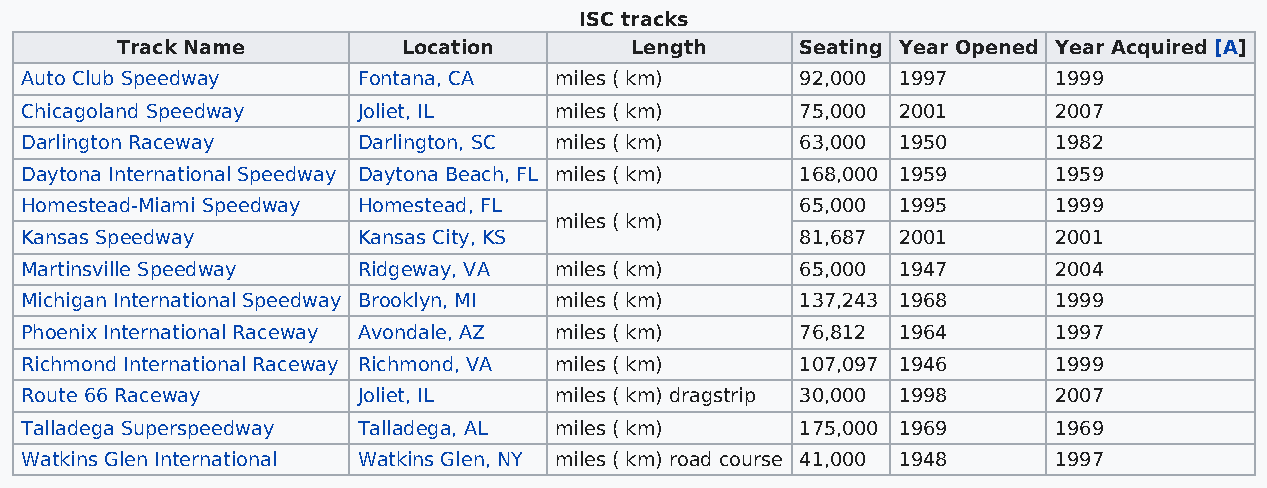
ISC tracks
 Track Name         Location       Length     Seating Year Opened Year Acquired [A]
 Auto Club Speedway     Fontana, CA  miles ( km)     92,000 1997      1999
 Chicagoland Speedway   Joliet, IL   miles ( km)     75,000 2001      2007
 Darlington Raceway     Darlington, SC miles ( km)   63,000 1950      1982
 Daytona International Speedway Daytona Beach, FL miles ( km) 168,000 1959 1959
 Homestead-Miami Speedway Homestead, FL              65,000 1995      1999
 miles ( km)
 Kansas Speedway        Kansas City, KS              81,687 2001      2001
 Martinsville Speedway  Ridgeway, VA miles ( km)     65,000 1947      2004
 Michigan International Speedway Brooklyn, MI miles ( km) 137,243 1968 1999
 Phoenix International Raceway Avondale, AZ miles ( km) 76,812 1964   1997
 Richmond International Raceway Richmond, VA miles ( km) 107,097 1946 1999
 Route 66 Raceway       Joliet, IL   miles ( km) dragstrip 30,000 1998 2007
 Talladega Superspeedway Talladega, AL miles ( km)   175,000 1969     1969
 Watkins Glen International Watkins Glen, NY miles ( km) road course 41,000 1948 1997